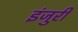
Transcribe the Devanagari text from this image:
इंजुरी